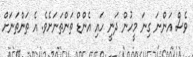
ވެސް އަންނަ ގިނަ މީހުން ދަނީ ހައި އެންޑް ތަންތަނަށެވެ. އެ ތަންތަނަށް